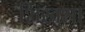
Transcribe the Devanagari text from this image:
शिख़्शा